Senior Leaving Certificate Examination (including Day School Certificate (Higher) General paper), 1947
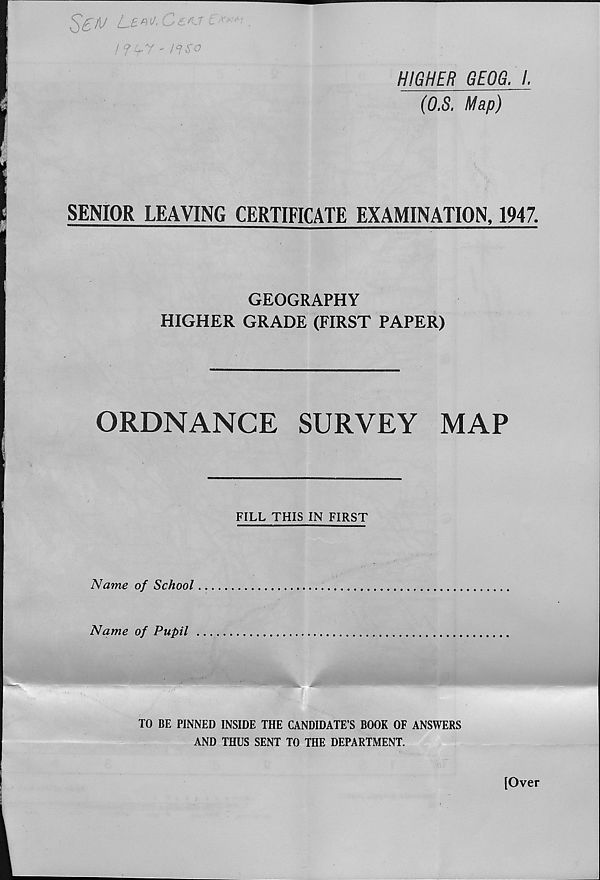
$£/[/ Le^.Cer: i > '.
I ?.^y - i°$o
'
HIGHER GEOG. /.
(O.S. Map)
SENIOR LEAVING CERTIFICATE EXAMINATION, 1947.
GEOGRAPHY
HIGHER GRADE (FIRST PAPER)
ORDNANCE
SURVEY
MAP
FILL THIS IN FIRST
Name of School
Name of Pupil
TO BE PINNED INSIDE THE CANDIDATE’S BOOK OF ANSWERS
AND THUS SENT TO THE DEPARTMENT.
[Over